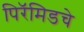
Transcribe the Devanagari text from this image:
पिरॅमिडचे